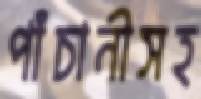
পাঁচানীসহ